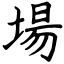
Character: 場